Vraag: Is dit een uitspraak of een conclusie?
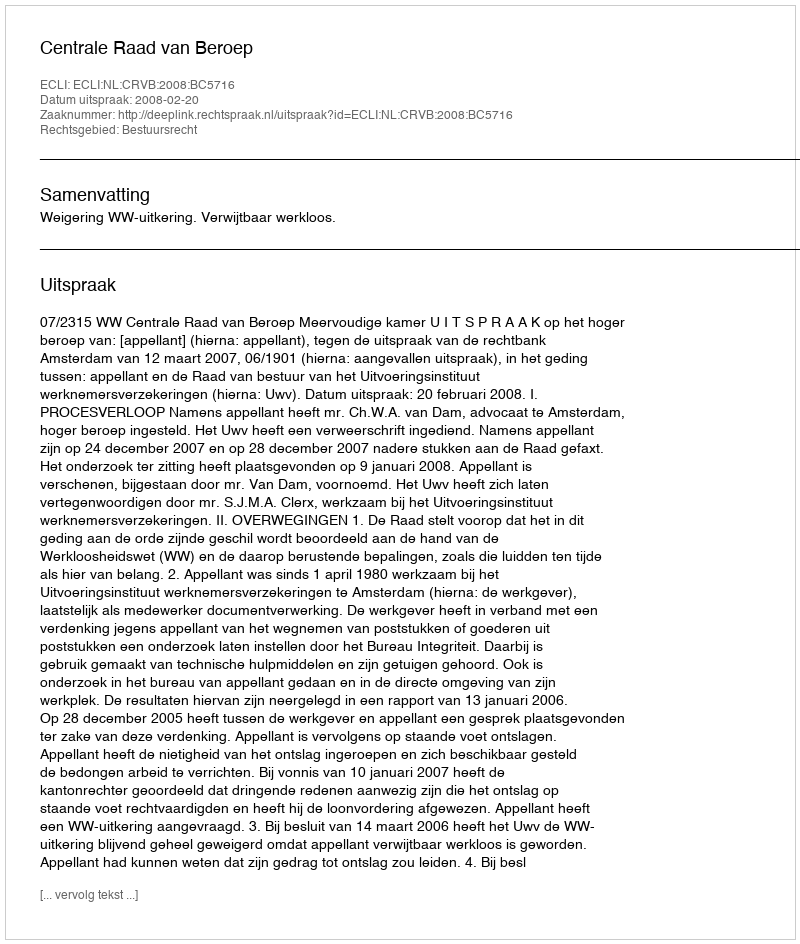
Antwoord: Uitspraak